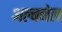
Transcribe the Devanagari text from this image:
अल्बनेल